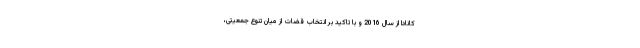
کانادا از سال 2016 و با تاکید بر انتخاب قضات از میان تنوع جمعیتی،